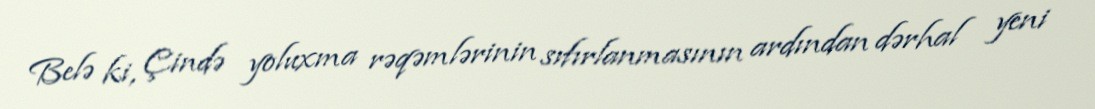
Belə ki, Çində yoluxma rəqəmlərinin sıfırlanmasının ardından dərhal yeni